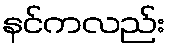
နင်ကလည်း